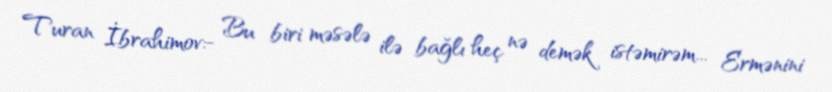
Turan İbrahimov:- Bu biri məsələ ilə bağlı heç nə demək istəmirəm... Ermənini